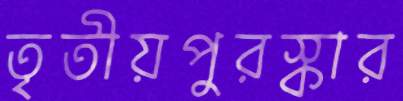
তৃতীয়পুরস্কার